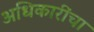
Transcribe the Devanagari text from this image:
अधिकारींचा